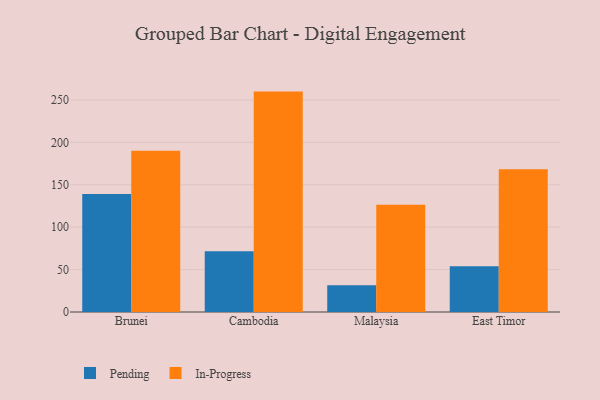
{"axis": {"x": "Country", "y": "Budget (USD K)"}, "legend": ["In-Progress", "Pending"], "data": [{"x": "Brunei", "y": 139.0, "type": "Pending"}, {"x": "Brunei", "y": 190.0, "type": "In-Progress"}, {"x": "Cambodia", "y": 71.6, "type": "Pending"}, {"x": "Cambodia", "y": 259.8, "type": "In-Progress"}, {"x": "Malaysia", "y": 31.4, "type": "Pending"}, {"x": "Malaysia", "y": 126.5, "type": "In-Progress"}, {"x": "East Timor", "y": 53.9, "type": "Pending"}, {"x": "East Timor", "y": 168.4, "type": "In-Progress"}]}